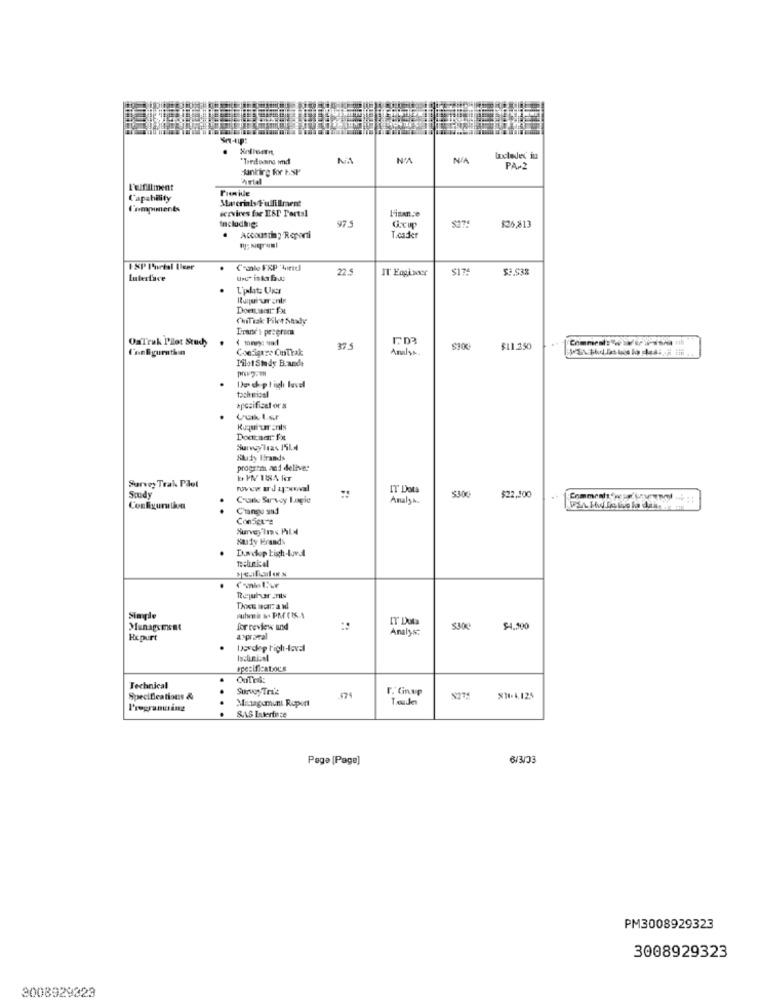
"Tredoing imd
NA
bocedex in
sankirg for hSP
PA-2
Trial
Fulfillment
Provide
Capability
Macrials Fulfilment
Compiments
services for EST Portal
Finance
$26,813
Accounti? Reporti
T.cader
1 XP Purial Ulcer
22.5
IT Engineer
$3.538
Interface
L'phit Unr
Doctorfx
ChiTisk Pikt Sadly
Enunse's preeroca
OsTrak I'llet Study
Comment: weiss uit
Configuration
Configure CinTrak
375
Anulss.
$11.250
Pilot Study B.ande
tach mical
Des cip tigh level
hpcsifical or s
Luk I.s.F
Kuqui uranis
Docmar fx
Nikdy Brands
progate and deliver
Survey Trak Pãol
rovew ard azwwwal
IT Dota
Soudy
Chute Survey Logie
Analys.
$300
$22,500
..
Change sind
Configure
Harfy Frands
Dowdop tigh-lov.d
technical
Txxw warzan
Simple
IT Duta
Management
for review und
Analys:
$300
$4.300
Hepurt
approval
Hosdop high-loval
specificatous
Technical
Survey Trik
r. Ginup
Specifications &
Mitagemun Roport
Tale
$14.4.125
SAS Interface
Page [Page]
6/3/03
PM3008929323
3008929323
3008929329